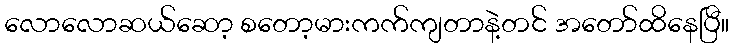
လောလောဆယ်ဆော့ စတော့မားကက်ကျတာနဲ့တင် အတော်ထိနေပြီ။